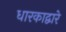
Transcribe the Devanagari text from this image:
धारकाद्वारे